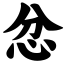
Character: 忿